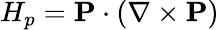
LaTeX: H_{p}={\mathbf P}\cdot(\nabla\times{\mathbf P})